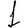
Digit: 1